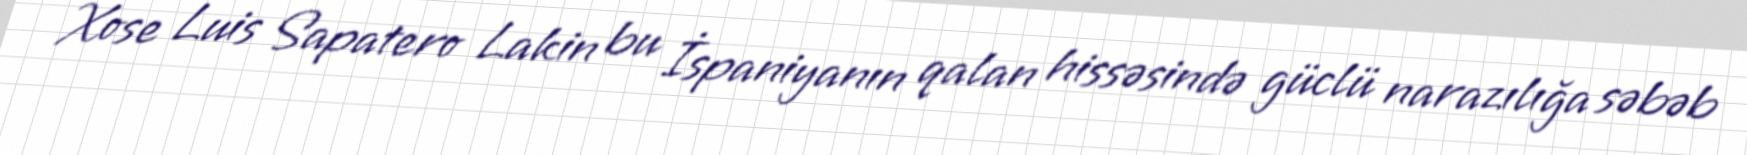
Xose Luis Sapatero Lakin bu İspaniyanın qalan hissəsində güclü narazılığa səbəb